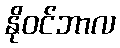
နိုဝင်ဘာလ